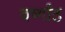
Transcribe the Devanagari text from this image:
वर्ष्गांठ